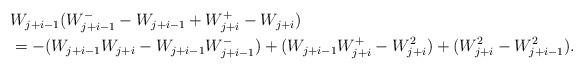
LaTeX: \begin{align*}\begin{aligned}& W_{j + i - 1 } ( W^-_{ j + i -1 } - W_{ j + i -1} + W^+_{ j + i } - W_{ j + i } ) \\& = - ( W_{ j + i -1 } W_{ j + i } - W_{ j + i -1 } W^-_{ j + i - 1 } ) + ( W_{ j + i -1 } W^+_{ j + i } - W_{ j + i }^2 ) + ( W_{ j + i } ^2 - W_{ j + i - 1 }^2 ) .\end{aligned}\end{align*}